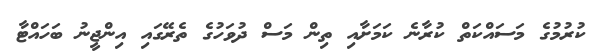
ކުރުމުގެ މަސައްކަތް ކުރާނެ ކަމަށާއި ތިން މަސް ދުވަހުގެ ތެރޭގައި އިންޖީނު ބަހައްޓާ